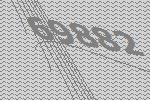
69882